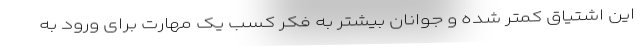
این اشتیاق کمتر شده و جوانان بیشتر به فکر کسب یک مهارت برای ورود به